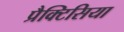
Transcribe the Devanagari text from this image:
प्रैक्टिसिया